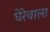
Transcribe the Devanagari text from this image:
घेरेवाला